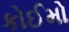
કોઈમો